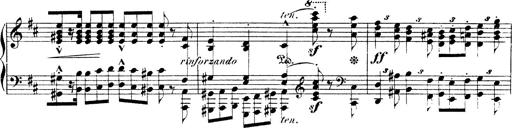
Title: Illustrations de l'opÃ©ra L'Africaine
Composer: Franz Liszt